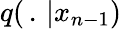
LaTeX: q(\, .\, |x_{n-1})